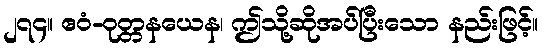
၂၇၄။ ဧဝံ-ဝုတ္တနယေန၊ ဤသို့ဆိုအပ်ပြီးသော နည်းဖြင့်။